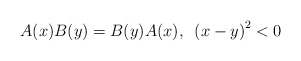
\begin{align*}A(x)B(y)=B(y)A(x),\,\,\,\left( x-y\right) ^{2}<0\end{align*}